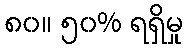
၈၀။ ၅၀% ရရှိမှု